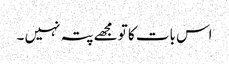
اس بات کا تو مجھے پتہ نہیں ۔